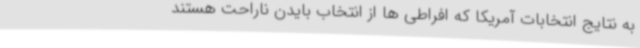
به نتایج انتخابات آمریکا که افراطی ها از انتخاب بایدن ناراحت هستند